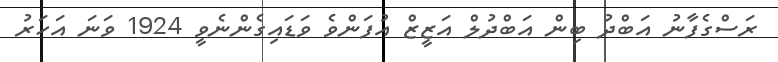
ރަސްގެފާނު އަބްދު ބިން އަބްދުލް އަޒީޒް އުފަންވެ ވަޑައިގެންނެވީ 1924 ވަނަ އަހަރު